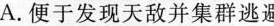
A.便于发现天敌并集群逃避